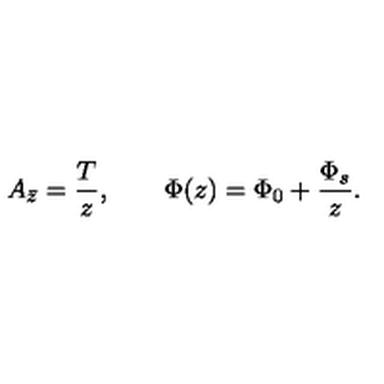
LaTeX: A _ { \bar { z } } = \frac { T } { z } , \qquad \Phi ( z ) = \Phi _ { 0 } + \frac { \Phi _ { s } } { z } .